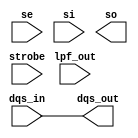
module bw_ioslave_dl(
	dqs_in,
	lpf_out,
	se,
	si,
	strobe,
	dqs_out,
	so          );
	input		dqs_in;
	input [4:0]	lpf_out;
	input		se;
	input		si;
	input		strobe;
	output		dqs_out;
	output		so;
       parameter DELAY = 1250;
        reg             dqs_out;
        always @(dqs_in)
          begin
            dqs_out <= #DELAY dqs_in;
          end
endmodule